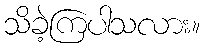
သိခဲ့ကြပါသလား။